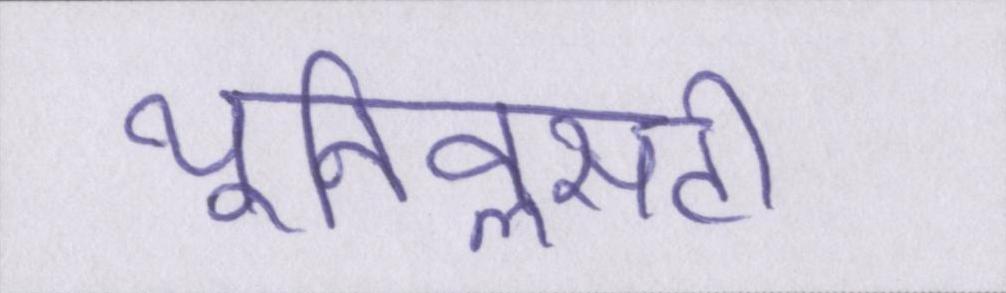
यूनिवॢसटी